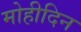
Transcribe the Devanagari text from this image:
मोहीदिन